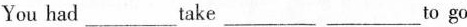
You had___take ___ ___to go